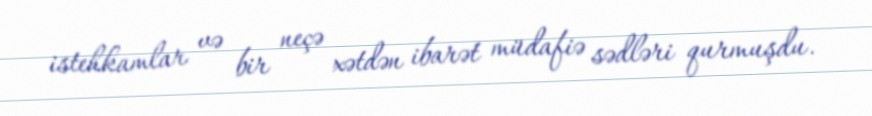
istehkamlar və bir neçə xətdən ibarət müdafiə sədləri qurmuşdu.